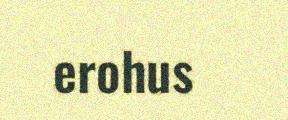
erohus